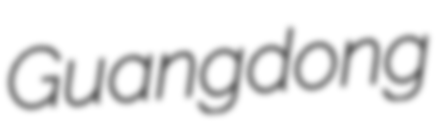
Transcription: Guangdong